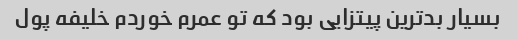
بسیار بد‌ترین پیتزایی بود که تو عمرم خوردم خلیفه پول